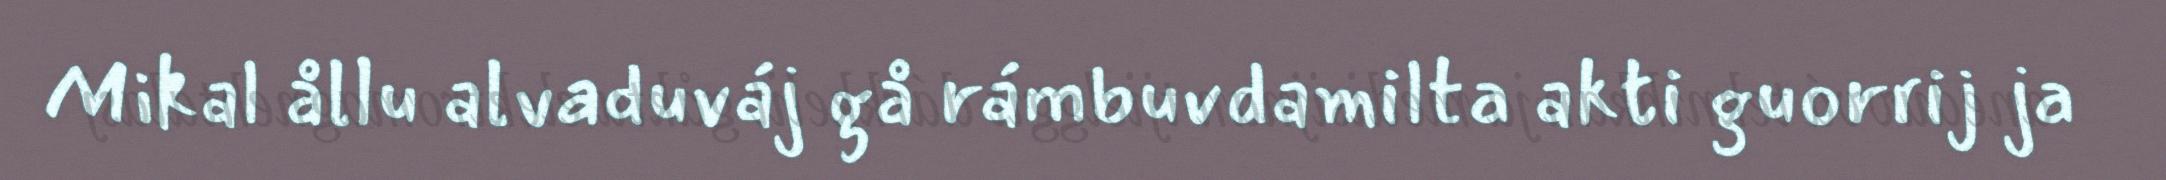
Mikal ållu alvaduváj gå rámbuvdamilta akti guorrij ja